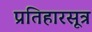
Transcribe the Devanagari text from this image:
प्रतिहारसूत्र